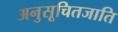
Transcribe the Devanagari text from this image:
अनुसूचितजाति